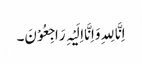
اِنَّا لِلہِ وَاِنَّا اِلَیْہِ رَاجِعُوْنَ۔